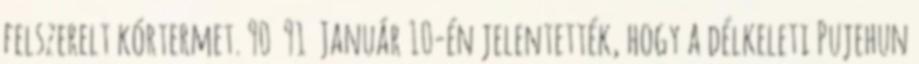
felszerelt kórtermet. 90 91 Január 10-én jelentették, hogy a délkeleti Pujehun